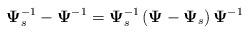
LaTeX: \begin{align*} \mathbf{\Psi}_s^{-1}-\mathbf{\Psi}^{-1}=\mathbf{\Psi}_s^{-1}\left(\mathbf{\Psi}-\mathbf{\Psi}_s\right)\mathbf{\Psi}^{-1}\end{align*}